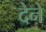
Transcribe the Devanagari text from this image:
देेने